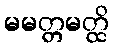
မမတ္တမတ္ထိ